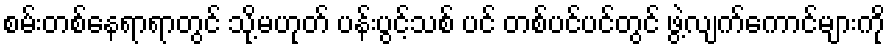
စမ်းတစ်နေရာရာတွင် သို့မဟုတ် ပန်းပွင့်သစ် ပင် တစ်ပင်ပင်တွင် ဖွဲ့လျက်ကောင်များကို